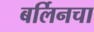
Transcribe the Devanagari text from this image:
बर्लिनचा